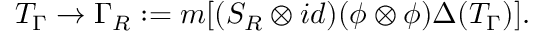
T _ { \Gamma } \to \Gamma _ { R } : = m [ ( S _ { R } \otimes i d ) ( \phi \otimes \phi ) \Delta ( T _ { \Gamma } ) ] .